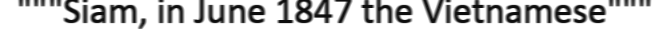
"""Siam, in June 1847 the Vietnamese"""